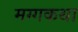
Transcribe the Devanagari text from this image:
मग्गकथा